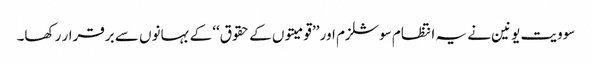
سوویت یونین نے یہ انتظام سوشلزم اور ’’قومیتوں کے حقوق‘‘ کے بہانوں سے برقرار رکھا۔